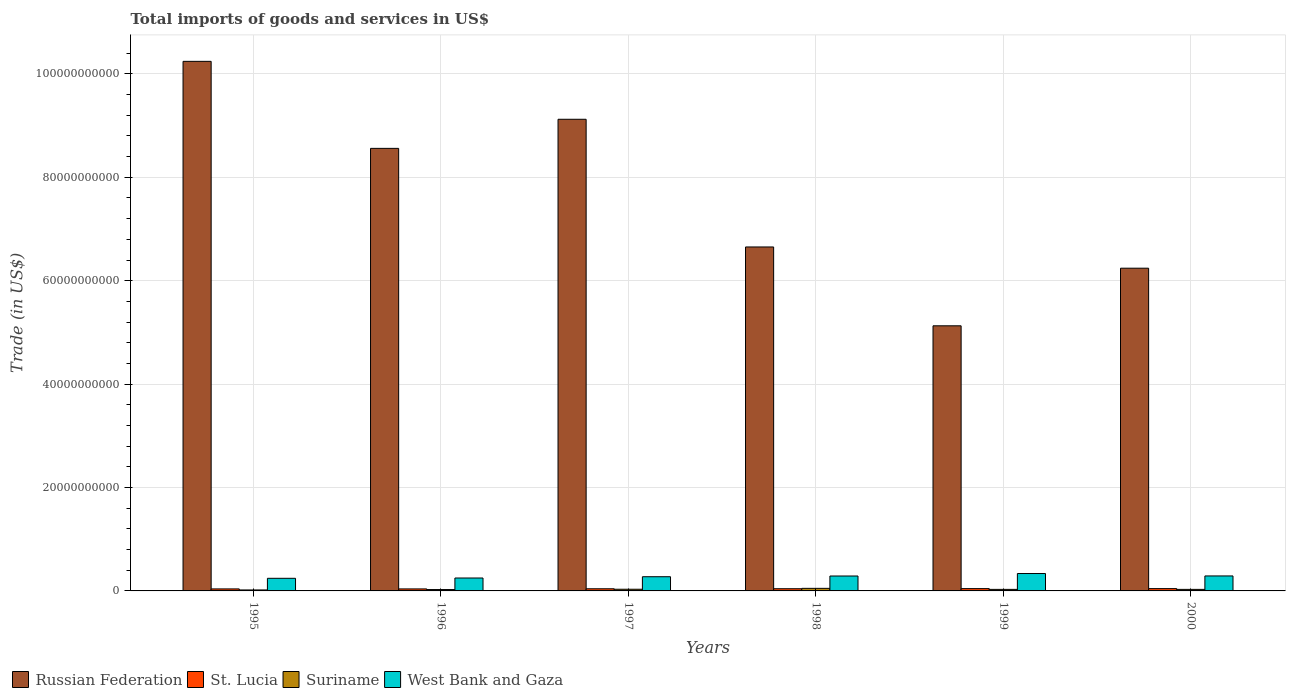
| Years | Russian Federation | St. Lucia | Suriname | West Bank and Gaza |
 | --- | --- | --- | --- | --- |
 | 1995 | 1.02e+11 | 3.89e+08 | 1.89e+08 | 2.44e+09 |
 | 1996 | 8.56e+10 | 3.88e+08 | 2.65e+08 | 2.5e+09 |
 | 1997 | 9.12e+10 | 4.14e+08 | 3.23e+08 | 2.75e+09 |
 | 1998 | 6.65e+10 | 4.24e+08 | 4.96e+08 | 2.89e+09 |
 | 1999 | 5.13e+10 | 4.45e+08 | 2.98e+08 | 3.36e+09 |
 | 2000 | 6.24e+10 | 4.46e+08 | 2.96e+08 | 2.9e+09 |